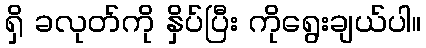
ရှိ ခလုတ်ကို နှိပ်ပြီး ကိုရွေးချယ်ပါ။